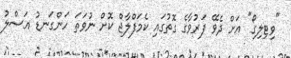
"ވިޓިލިގޯ" އަށް ދެވޭ ފަރުވާގެ ގޮތުގައި ކެމަފްލާޖް ކޮށް ނުވަތަ ހަންގަނޑު އަސްލު